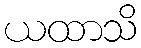
ယထာသိ